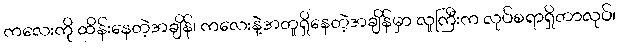
ကလေးကို ထိန်းနေတဲ့အချိန်၊ ကလေးနဲ့အတူရှိနေတဲ့အချိန်မှာ လူကြီးက လုပ်စရာရှိတာလုပ်၊